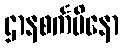
ဌာနစင်္ကမိနော